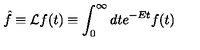
\hat { f } \equiv { \cal L } f ( t ) \equiv \int _ { 0 } ^ { \infty } d t e ^ { - E t } f ( t )